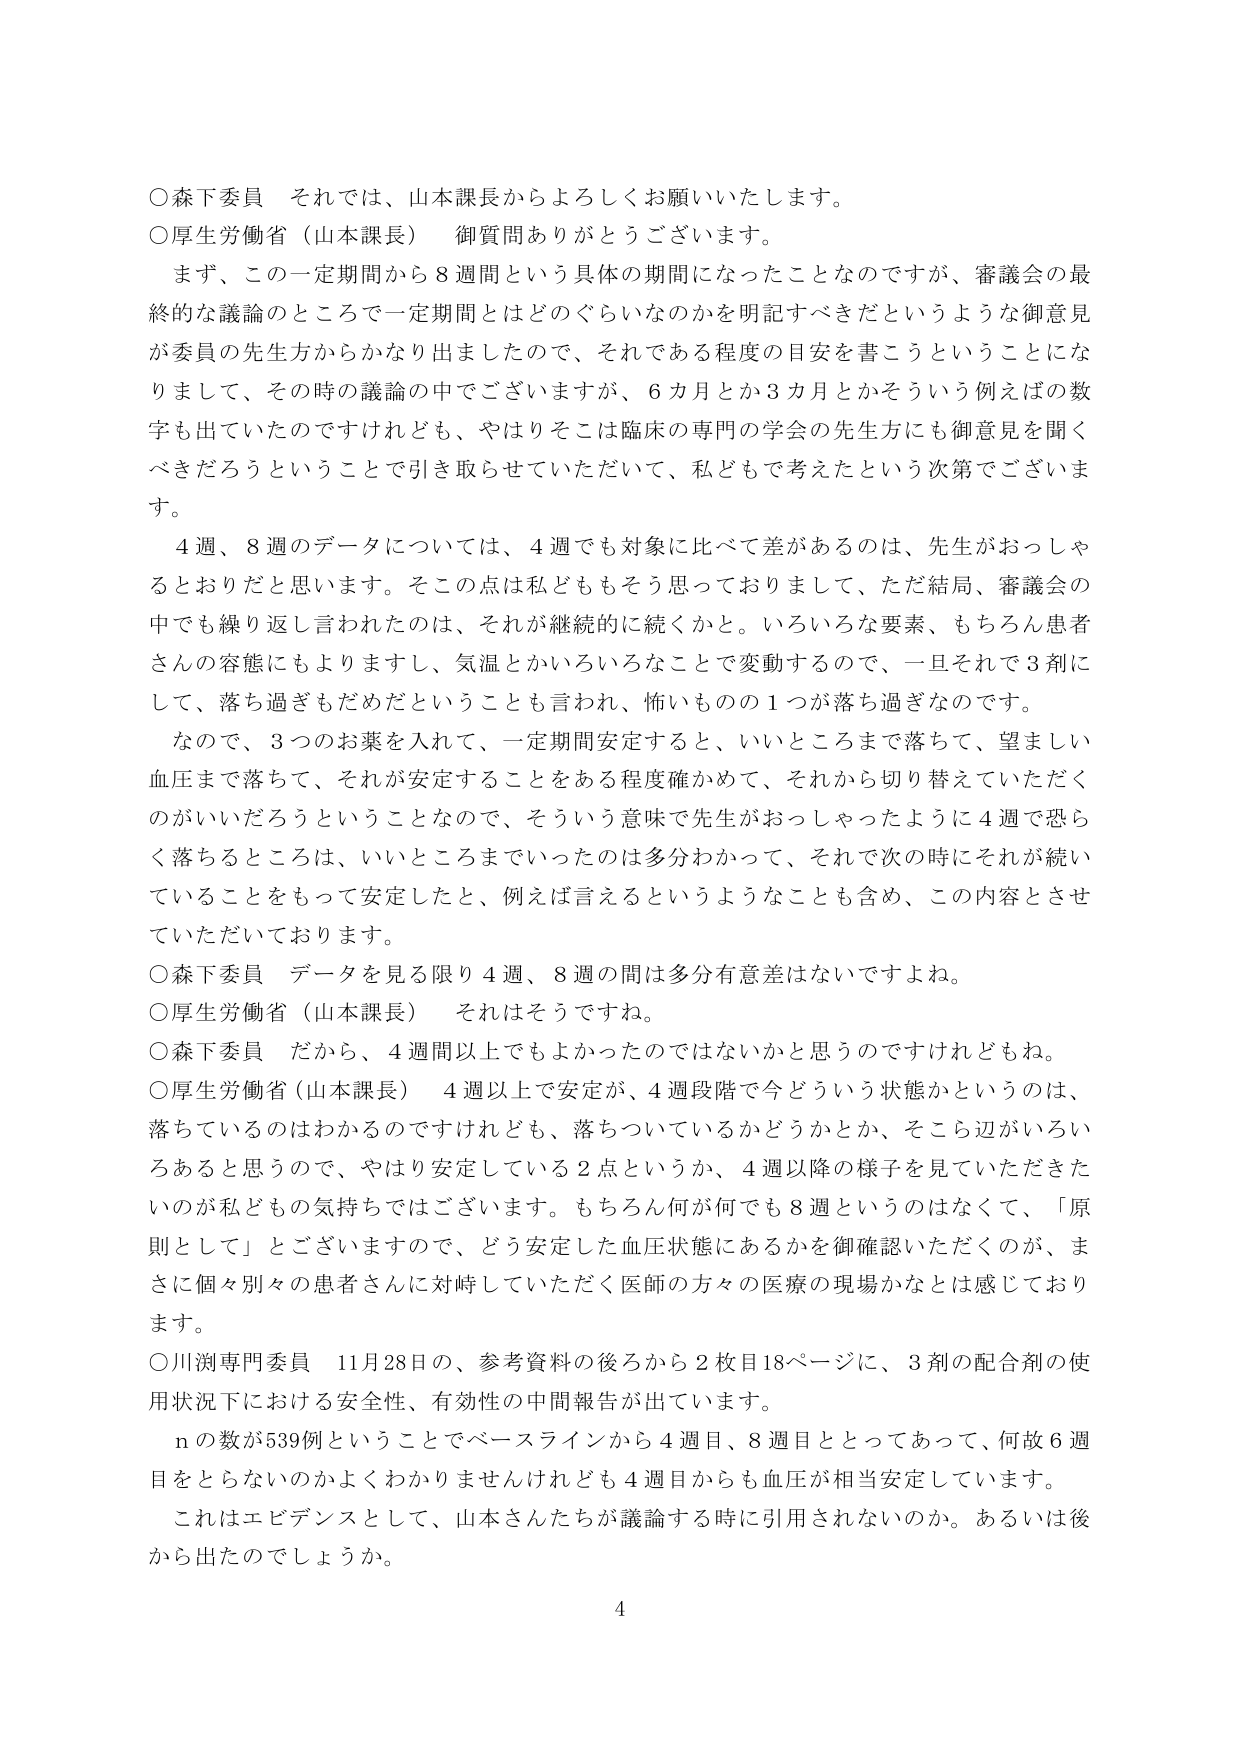
○森下委員　それでは、山本課長からよろしくお願いいたします。
○厚生労働省（山本課長）　御質問ありがとうございます。
　まず、この一定期間から８週間という具体的期間になったことなのですが、審議会の最終的な議論のところで一定期間とはどのぐらいなのかを明記すべきだというような御意見が委員の先生方からかなり出ましたので、それである程度の目安を書こうということになりまして、その時の議論の中でございますが、６カ月とか３カ月とかそういう例えばの数字も出ていたのですけれども、やはりそこは臨床の専門の学会の先生方にも御意見を聞くべきだろうということで引き取らせていただいて、私どもで考えたという次第でございます。
　４週、８週のデータについては、４週でも対象に比べて差があるのは、先生がおっしゃるとおりだと思います。そこの点は私どももそう思っておりまして、ただ結局、審議会の中でも繰り返し言われたのは、それが継続的に続くかと。いろいろな要素、もちろん患者さんの容態にもよりますし、気温とかいろいろなことで変動するので、一旦それで３剤にして、落ち過ぎもだめだということも言われ、怖いものの１つが落ち過ぎなのです。
　なので、３つのお薬を入れて、一定期間安定すると、いいところまで落ちて、望ましい血圧まで落ちて、それが安定することをある程度確かめて、それから切り替えていただくのがいいだろうということなので、そういう意味で先生がおっしゃったように４週で恐らく落ちるところは、いいところまでいったのは多分わかって、それで次の時にそれが続いていることをもって安定したと、例えば言えるというようなことも含め、この内容とさせていただいております。
○森下委員　データを見る限り４週、８週の間は多分有意差はないですよね。
○厚生労働省（山本課長）　それはそうですね。
○森下委員　だから、４週間以上でもよかったのではないかと思うのですけれどもね。
○厚生労働省（山本課長）　４週以上で安定が、４週段階で今どういう状態かというのは、落ちているのはわかるのですけれども、落ちついているかどうかとか、そこら辺がいろいろあると思うので、やはり安定している２点というか、４週以降の様子を見ていただきたいのが私どもの気持ちではございます。もちろん何が何でも８週というのはなくて、「原則として」とございますので、どう安定した血圧状態にあるかを御確認いただくのが、まさに個々別々の患者さんに対峙していただく医師の方々の医療の現場かなとは感じております。
○川渕専門委員　11月28日の、参考資料の後ろから２枚目18ページに、３剤の配合剤の使用状況下における安全性、有効性の中間報告が出ています。
　ｎの数が539例ということでベースラインから４週目、８週目となってあって、何故６週目をとらないのかよくわかりませんけれども４週目からも血圧が相当安定しています。
　これはエビデンスとして、山本さんたちが議論する時に引用されないのか。あるいは後から出たのでしょうか。
4